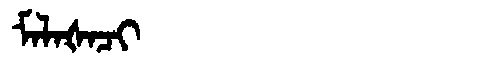
Manchu: ᠮᠠᠯᠠᡧᠠᠴᡳ
Romanization: MALAŠACI